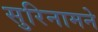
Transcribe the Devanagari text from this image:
सुरिनामने